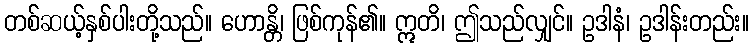
တစ်ဆယ့်နှစ်ပါးတို့သည်။ ဟောန္တိ၊ ဖြစ်ကုန်၏။ ဣတိ၊ ဤသည်လျှင်။ ဥဒါနံ၊ ဥဒါန်းတည်း။